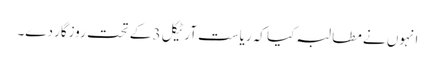
انہوں نے مطالبہ کیا کہ ریاست آرٹیکل 3 کے تحت روزگار دے۔